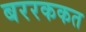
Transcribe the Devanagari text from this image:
बररककत